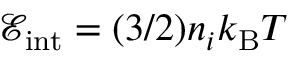
\mathcal { E } _ { \mathrm { i n t } } = ( 3 / 2 ) n _ { i } k _ { \mathrm { B } } T